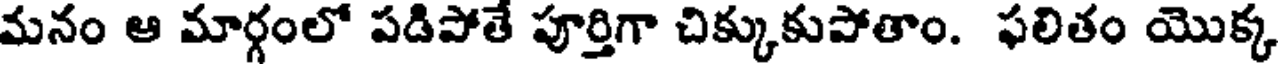
మనం ఆ మార్గంలో పడిపోతే పూర్తిగా చిక్కుకుపోతాం. ఫలితం యొక్క